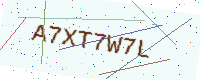
Text: A7XT7W7L